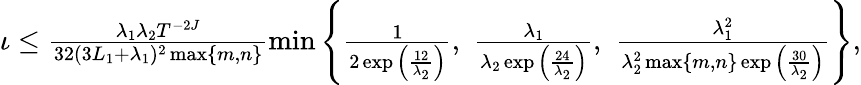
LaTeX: \begin{array}{r}{\iota\leq\frac{\lambda_{1}\lambda_{2}T^{-2J}}{32(3L_{1}+\lambda_{1})^{2}\operatorname*{max}\{ m,n\} }\operatorname*{min}\left\{ \frac{1}{2\exp{\left(\frac{12}{\lambda_{2}}\right)}},\, \, \frac{\lambda_{1}}{\lambda_{2}\exp{\left(\frac{24}{\lambda_{2}}\right)}},\, \, \frac{\lambda_{1}^{2}}{\lambda_{2}^{2}\operatorname*{max}\{ m,n\} \exp{\left(\frac{30}{\lambda_{2}}\right)}}\right\} ,}\end{array}